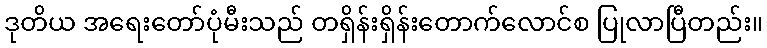
ဒုတိယ အရေးတော်ပုံမီးသည် တရှိန်းရှိန်းတောက်လောင်စ ပြုလာပြီတည်း။